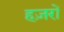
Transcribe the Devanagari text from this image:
हज़रों